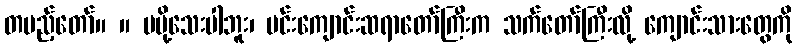
တပည့်တော်။ ။ မပို့သေးပါဘူး၊ ပင်းကျောင်းဆရာတော်ကြီးက သက်တော်ကြီးလို့ ကျောင်းသားတွေကို